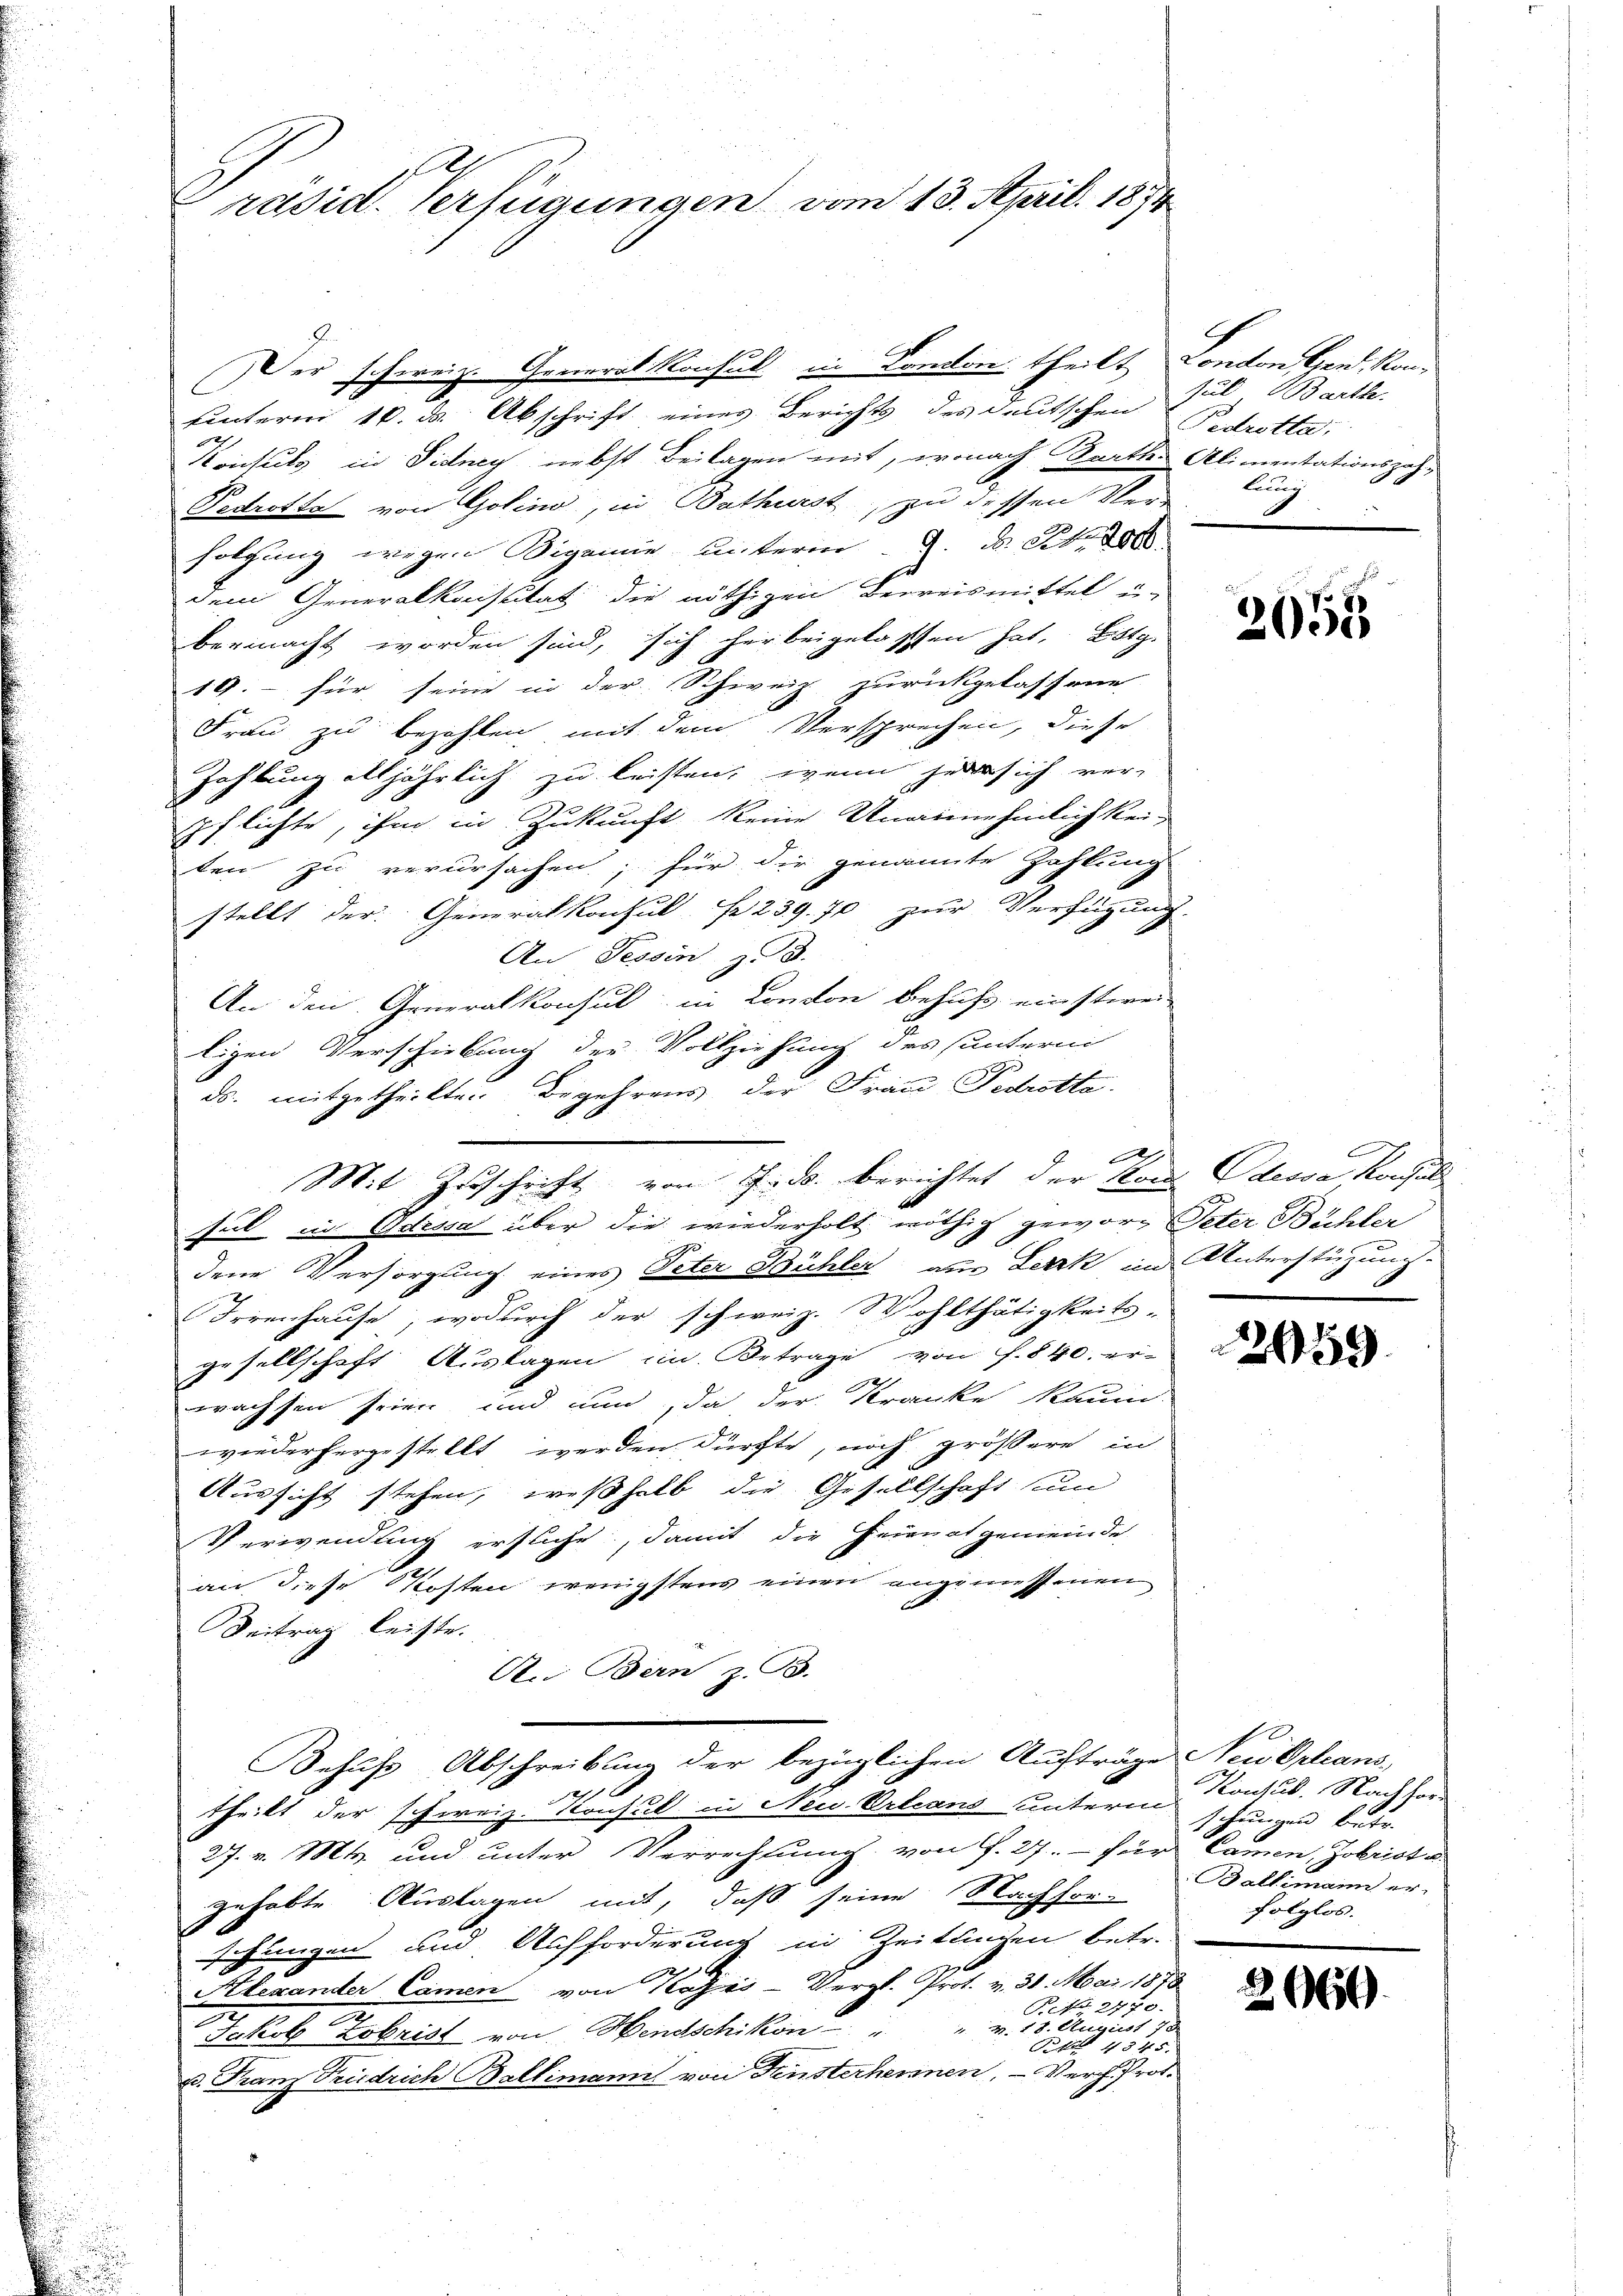
Präsid. Verfügungen vom 13. April 1874

uunterm 16. d. Abschrift eines Berichts des deutschen Petitte
Keichung in Fidney nebst Beilagen mit, wonach Barth. Alimentationszah¬
Fedrotta von Golino, in Bothurst zu dessen Ver-
folgung wegen Bigamie unterm 9. ds Schade
dem Generalkonsutat die nöthigen Berreismittel ü
bermacht worden sind, sich her beigelassen hat, Botz.
19.- für seine in der Schweiz zurückgelassene
Frau zu bezahlen mit dem Versprechen, diese
Zahlung alljährlich zu leisten, wenn jede sich ver-
pflichte, ihm in Zukunft keine Unannehmlichkei-
ten zu verursachen; für dir genannte Zahlung
stellt der Generalkonsul Nr. 239. 70 zur Verfügung.
An Tessin, z. d.
An den Generalkonsul in Condon behufs einsteren
ligen Verschickung der Vollziehung des sunterm
ds. mitgetheilten Begehrens der Frau Fedotta-
A
dene Versorgung eines Peter Bühler aus Lerck in Unterstüzung.
Irrenhause, wodurch der schweiz. Wohlthätigkeits-
gesellschaft Auslagen im Betrage von f. 840. er-
wachsen seien, und nun, da der Kranke kaum-
wiederhergestellt werden dürfte, noch größere in
Aussicht stehen, weßhalb die Gesellschaft un
Verwendung ersuche, damit die Heimatgemeinde
an diese Kosten wenigstens einen angemessenen
Beitrag leiste.
An Bern z. B.
Behufs Abschreibung der bezüglichen Aufträge Neu Orleans,
1211
theilt der schweiz. Konsul in Neu Orleans unterm schungen betr.
27. v. Mts. und unter Verrechtung von f. 27.- für Camen, Jobrist u.
gehabte Auslagen mit, daß seine Nachfor-
sehungen und Aufforderung in Zeitlingen betr.
h
Alexander Camen von Tages - Vergl. Prot. v. 31. Mai 1878
Peto 2770.
.
Jakob Zobrist von Hendschikon " " v. 18. August 75.
Brett 4345.
v. Franz Friedrich Ballimann von Fensterhennen, - Verh. Prof.

Mit Zuschrift von Jnds. berichtet der Kons Odessa Konsuls
sul in Odessa über die wiederholt nöthig geworg Peter Bühler

Der schweiz. Generalkonsul in Kanton theilt Conton Gen. Kon¬

sul Barth.
lunig
2

2055

2939.

Konsub. Nachfor¬
Baltimann er-
folglos.

206.